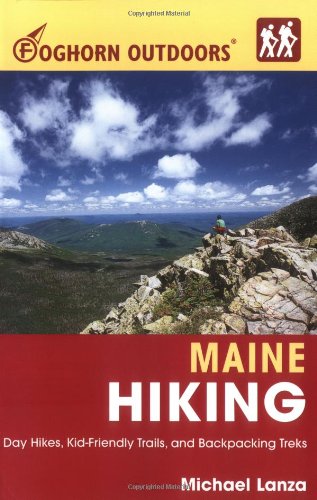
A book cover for Foghorn Outdoors Maine Hiking: Day Hikes, Kid-Friendly Trails, and Backpacking Treks; Michael Lanza; Travel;